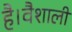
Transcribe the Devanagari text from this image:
है।वैशाली